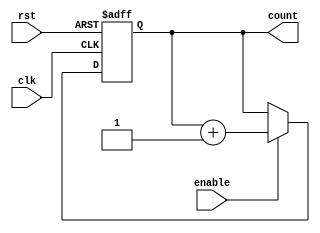
module cascaded_counter (
    input wire clk,           // Clock signal
    input wire rst,           // Asynchronous reset signal
    input wire enable,        // Enable signal for counting
    output reg [3:0] count    // 4-bit output count
);

// Always block to implement the counter behavior
always @(posedge clk or posedge rst) begin
    if (rst) begin
        count <= 4'b0000;     // Reset the counter to 0
    end else if (enable) begin
        count <= count + 1;   // Increment the counter
    end
end

endmodule